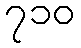
၇၁၀